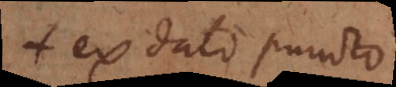
+ ex dato puncto